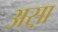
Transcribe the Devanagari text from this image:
अस़ा